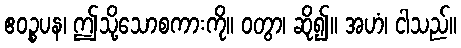
ဧဝဉ္စပန၊ ဤသို့သောစကားကို။ ဝတွာ၊ ဆို၍။ အဟံ၊ ငါသည်။